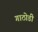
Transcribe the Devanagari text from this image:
गाठोडी